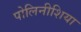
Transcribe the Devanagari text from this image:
पोलिनीशिया